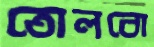
তোলবো